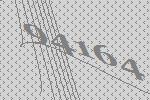
94164